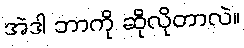
အဲဒါ ဘာကို ဆိုလိုတာလဲ။